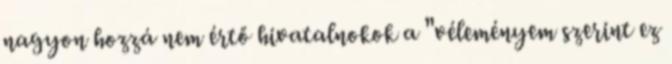
nagyon hozzá nem értő hivatalnokok a "véleményem szerint ez